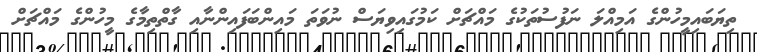
ތިޔަބައިމީހުންގެ އަމިއްލަ ނަފުސުތަކުގެ މައްޗަށް ކަމުގައިވިޔަސް ނުވަތަ މައިންބަފައިންނާއި ގާތްތިމާގެ މީހުންގެ މައްޗަށް